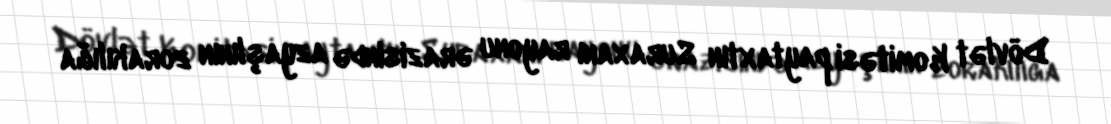
Dövlət Komitəsi paytaxtın Suraxanı rayonu ərazisində azyaşlının zorakılığa